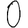
Digit: 0